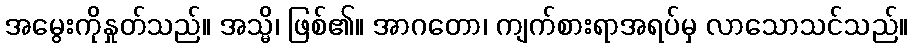
အမွေးကိုနှုတ်သည်။ အသ္မိ၊ ဖြစ်၏။ အာဂတော၊ ကျက်စားရာအရပ်မှ လာသောသင်သည်။